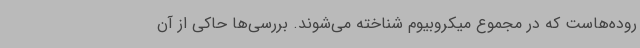
روده‌هاست که در مجموع میکروبیوم شناخته می‌شوند. بررسی‌ها حاکی از آن